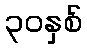
၃၀နှစ်